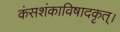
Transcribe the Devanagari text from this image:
कंसशंकाविषादकृत्‌।